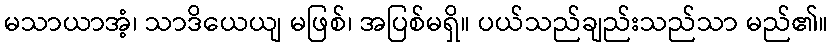
မသာယာအံ့၊ သာဒိယေယျ မဖြစ်၊ အပြစ်မရှိ။ ပယ်သည်ချည်းသည်သာ မည်၏။